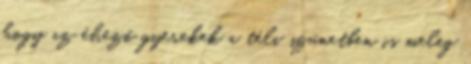
hogy az éhező gyerekek a téli szünetben is meleg